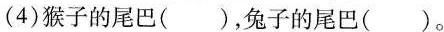
(4)猴子的尾巴()，兔子的尾巴()。